Leaving Certificate Examination (including Day School Certificate (Higher) General paper), 1935
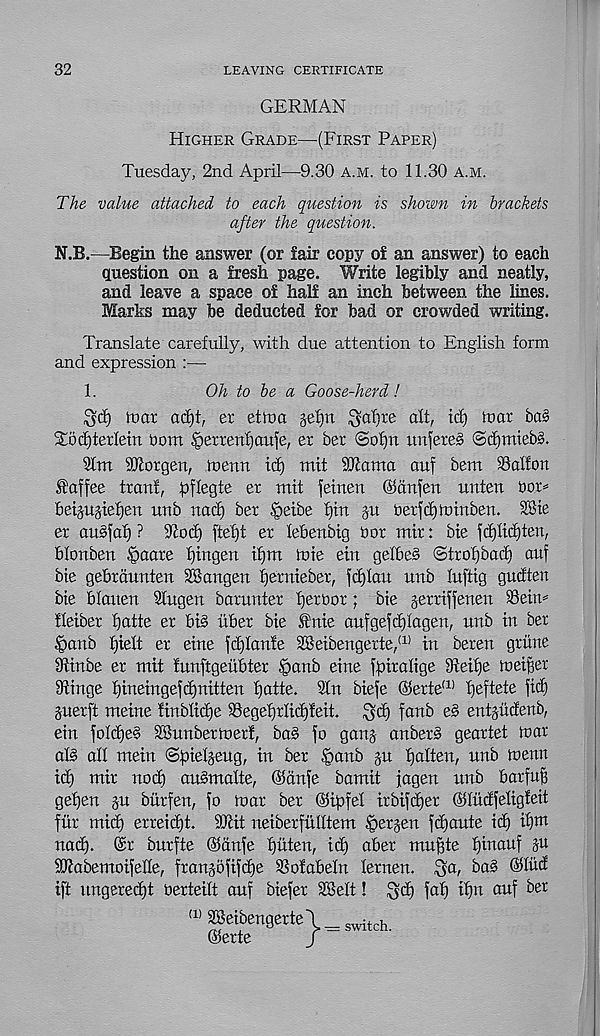
32
LEAVING CERTIFICATE
GERMAN
Higher Grade—(First Paper)
Tuesday, 2nd April—9.30 a.m. to 11.30 a.m.
The value attached to each question is shown in brackets
after the question.
N.B,—Begin the answer (or fair copy of an answer) to each
question on a fresh page. Write legibly and neatly,
and leave a spaee of half an inch between the lines.
Marks may be deducted for bad or crowded writing.
Translate carefully, with due attention to English form
and expression :—
1.
Oh to be a Goose-herd!
gd) hmt ad)!, er eth>a gefpt $af)te alt, id) rtmr bas
SLSdjterlein bom ^etrenfjaufe, er ber ©of)tt unfereS ©dmtiebS.
31m SEorgeu, ioenn id) mit 9Tama auf bem 33aIfon
Saffee trauf, pflegte et mit feinen @dnfeu unten bor^
beipgiefjen unb nad) ber .‘peibe f)in p berfdjtumben. 28te
er augfat) ? 9cod) ffei)t er lebenbig bor mir: bte fd)lid)ten,
blortben §aare fjtngen tf)m foie ern gelbeS ©trofjbad) auf
bte gebrdunten SSangen fjernieber, fdjlau uub luftig gudten
bie blauen Slugeit barunter tier bor; bie gerrtffeueu 33eiiD
fleiber l)atte er bi§ iiber bte tnie aufgefdjiagen, unb in ber
§anb £)ielt er eine fd)lanfe 28eibengerte, (1) in beren gritne
Sfiinbe er mit lunftgeiibter §aub eine fpiralige 81eif)e tneiBer
Dtinge fjineingefdjnitten f)atte. 3ln biefe @erte (1) l)eftete fid)
perft meine finblidje 99egef)rlid)feit. gd) fanb eb entpdenb,
ein fo!d)e§ dSnnbertuerf, ba§ fo gang anber§ geartet toar
al§ all mein ©ptelpug, in ber §anb p fjalten, unb loenn
id) mir nod) auSmalte, ®dnfe bamit jagen nnb barfuf)
gefjen p burfen, fo toar ber ©ipfel irbifdjer ©litdfeligfeit
fur mid) erreidjt. DJiit neiberfuhtem Bergen fd)ante id) if)nt
nad). (Sr bnrfte OJdnfe fjtiten, id) aber muffte fjinauf p
SEabemoifelfe, franpfifdje SSofabeln lernen. $a, ba§ ©lud
iff lingered)! berteilt auf biefer SBelt! $d) faf) if)n anf ber
(1) 2Beibengerte\_ switch
®erte
f “